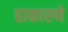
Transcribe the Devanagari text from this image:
हाकारणे